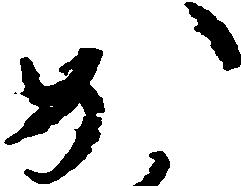
か